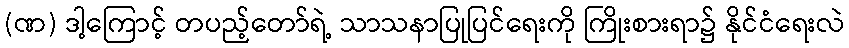
(ဏ) ဒါ့ကြောင့် တပည့်တော်ရဲ့ သာသနာပြုပြင်ရေးကို ကြိုးစားရာ၌ နိုင်ငံရေးလဲ